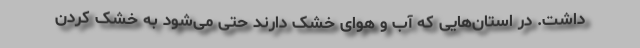
داشت. در استان‌هایی که آب و هوای خشک دارند حتی می‌شود به خشک کردن